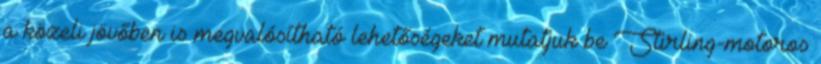
a közeli jövőben is megvalósítható lehetőségeket mutatjuk be Stirling-motoros